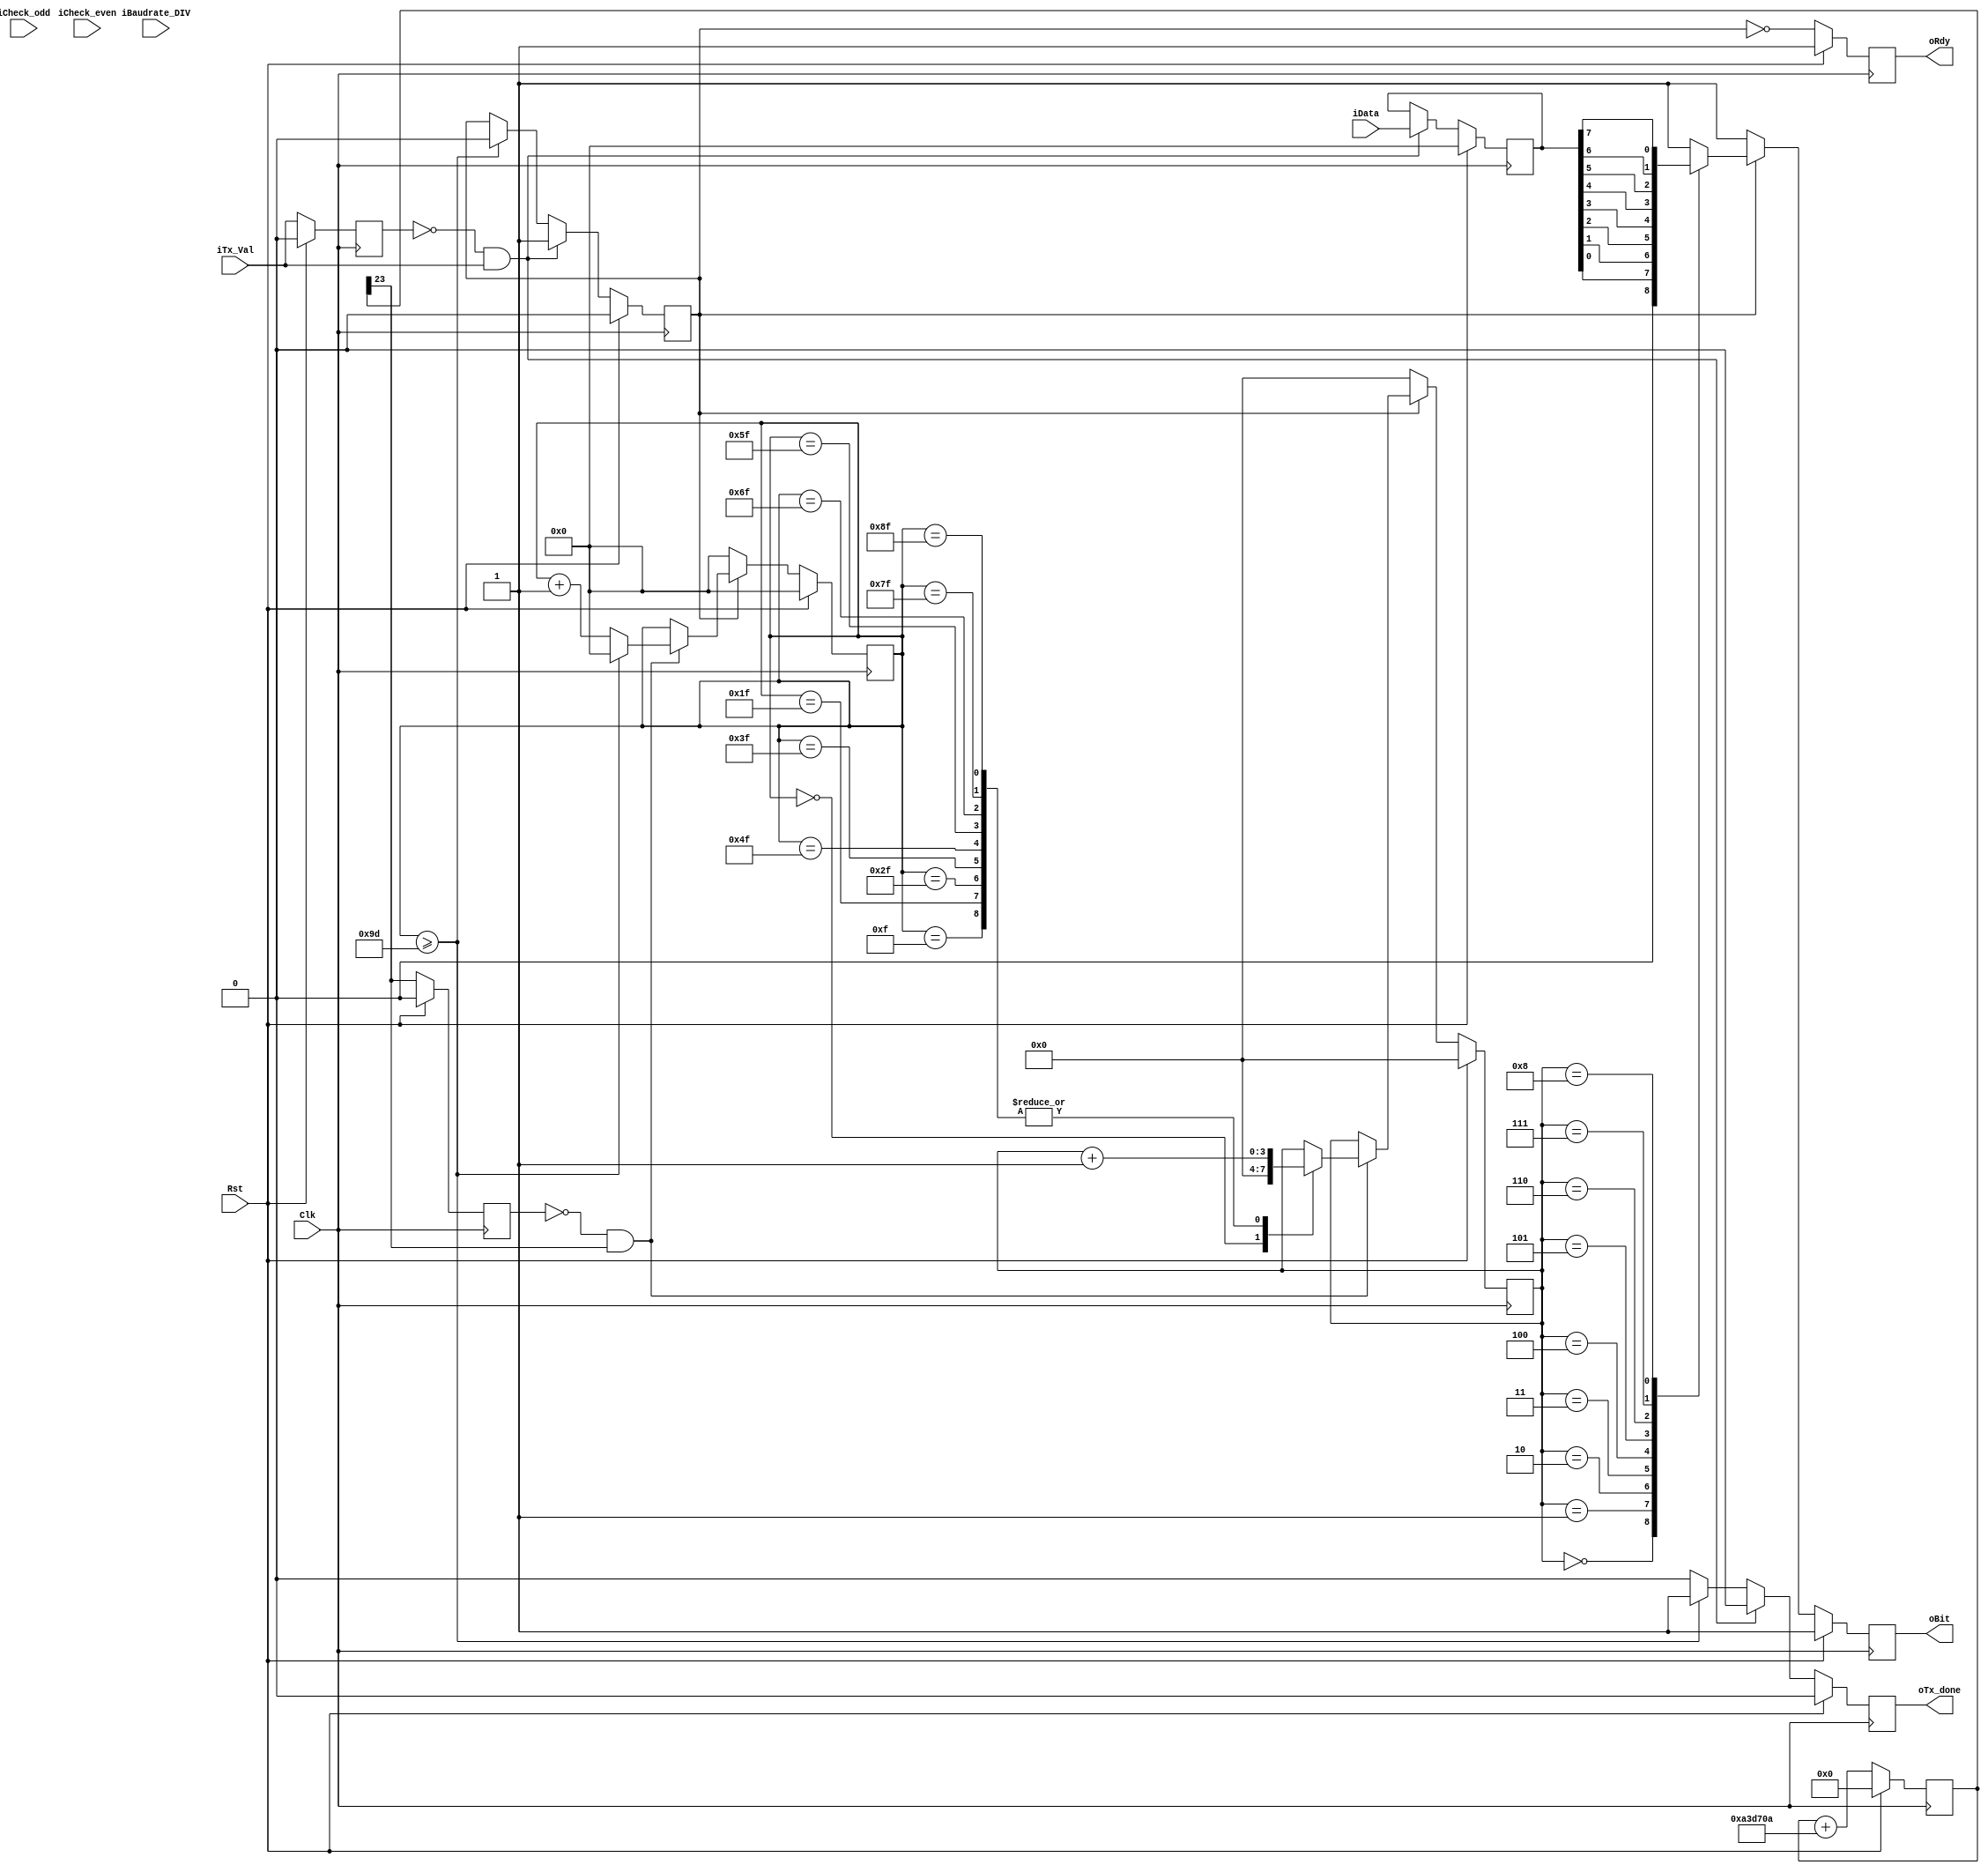
//--------------------------------------------------------------------------------------------
//
// Design Name: 
// Module Name: Uart_Tx_byte
// Project Name: 
// Target Devices: 
// Tool Versions: 
// Description: 
// 
// Dependencies: 
// 
// Revision:
// Revision 0.01 - File Created
// Additional Comments:
// 
//--------------------------------------------------------------------------------------------
// Modification History:
//   Date       |   Author      |   Version     |   Change Description
//============================================================================================
// 2020-04-19   |   ChaoyaWang  |     0.1       |   beta Version
// 2024-02-01   |   ChaoyaWang  |     0.2       |   ,3.125Mbps
//--------------------------------------------------------------------------------------------



module Uart_Tx_byte#(
    parameter   SYS_FREQ    =   50_000_000,
    parameter   BAUD_RATE   =   2000000
)(
   input                Clk,
   input                Rst,
   input        [9:0]   iBaudrate_DIV,
   input                iTx_Val,
   input        [7:0]   iData,
   input                iCheck_odd,
   input                iCheck_even,
   output               oTx_done,
   output               oBit,
   output               oRdy
);
   
   

// localparam          BAUD_RATE_3125M  = ((SYS_FREQ == 50_000_000) && (BAUD_RATE == 3_125_000)) ? 1:0;
localparam          CTRL_WORD_WIDTH  = 24;//
localparam [50:0]   BAUD_CTRL_WORD   = (BAUD_RATE * (1<<(CTRL_WORD_WIDTH + 4))) / (SYS_FREQ) ;//16x baud rate
reg [CTRL_WORD_WIDTH-1:0] rCtrlWordCnt;//
reg rTxdDone;
reg rTxdTransfer;
reg [3:0] rBitCnt;
//16
always @(posedge    Clk) begin
    if (Rst) begin
        rCtrlWordCnt <=  0;
    end
    else begin
        rCtrlWordCnt <=  rCtrlWordCnt +   BAUD_CTRL_WORD;
    end
end

wire    wBaudClk  =   rCtrlWordCnt[CTRL_WORD_WIDTH-1];//16x baud rate


reg [7:0]   rBaudCnt;
reg  rBaudClk;
//16x baud rate
always @(posedge Clk ) begin
    if(Rst) begin
        rBaudClk    <= 0;
    end
    else begin
        rBaudClk <=  wBaudClk;
    end
end
wire wBaudClkPos =   ~rBaudClk & wBaudClk;
//baud cnt
always@(posedge Clk ) begin
	if(Rst) begin
		rBaudCnt <= 8'd0;
	end
	else if (rTxdTransfer) begin
		if(wBaudClkPos)begin
			if(rBaudCnt >=157)begin
				rBaudCnt <= 8'd0;
			end
			else begin
				rBaudCnt <= rBaudCnt + 1;
			end
		end
		else rBaudCnt <= rBaudCnt;
	end
	else rBaudCnt <=0;
end

//txd start flag
reg rTxdVal;
always @(posedge Clk) begin
    if (Rst) begin
        rTxdVal <=  0;
    end
    else begin
        rTxdVal <=  iTx_Val;
    end
end
wire    wTxdValPos  =   ~rTxdVal    &   iTx_Val;
//rTxdTransfer
always@(posedge Clk ) begin
	if(Rst) begin
		rTxdTransfer <= 0;
		rTxdDone <=0;
	end
	else if(wTxdValPos) begin
		rTxdTransfer <= 1;
		rTxdDone <=0;
	end
	else if(rBaudCnt >=157)begin
		rTxdTransfer <=0;
		rTxdDone <=1;
	end
	else begin
		rTxdDone <=0;
		rTxdTransfer <= rTxdTransfer;
	end
end

//bit cnt
always@(posedge Clk ) begin
	if(Rst) begin
		rBitCnt <= 0;
	end
	else if(rTxdTransfer) begin
		if (wBaudClkPos) begin
			case(rBaudCnt)
                8'd0:   rBitCnt <= 0;
                8'd15:  rBitCnt <= rBitCnt +1;
                8'd31:  rBitCnt <= rBitCnt +1;
                8'd47:  rBitCnt <= rBitCnt +1;
                8'd63:  rBitCnt <= rBitCnt +1;
                8'd79:  rBitCnt <= rBitCnt +1;
                8'd95:  rBitCnt <= rBitCnt +1;
                8'd111: rBitCnt <= rBitCnt +1;
                8'd127: rBitCnt <= rBitCnt +1;
                8'd143: rBitCnt <= rBitCnt +1;
                default:rBitCnt <= rBitCnt;
			endcase
		end
	end
	else begin
		 rBitCnt <=0;
	end
end

reg [7:0]rDatain;

always@(posedge Clk ) begin
	if(Rst) begin
		rDatain <=0;
	end
	else if(wTxdValPos)begin
		rDatain <= iData;
	end
	else begin
		rDatain <= rDatain;
	end
end
reg rTxd;
//uart txd
always@(posedge Clk ) begin
	if(Rst) begin
		rTxd <= 1;
	end
	else if (rTxdTransfer) begin
		case(rBitCnt)
            4'd0:rTxd <=0; 
            4'd1:rTxd <= rDatain[0];
            4'd2:rTxd <= rDatain[1];
            4'd3:rTxd <= rDatain[2];
            4'd4:rTxd <= rDatain[3];	
            4'd5:rTxd <= rDatain[4];
            4'd6:rTxd <= rDatain[5];		
            4'd7:rTxd <= rDatain[6];
            4'd8:rTxd <= rDatain[7];
            4'd9:rTxd<=1;
            default:rTxd <= 1;
		endcase		
	end
	else rTxd <=1;	
end
//rTxRdy
reg rTxRdy;

always @(posedge Clk) begin
    if (Rst) begin
        rTxRdy  <=  1;
    end
    else begin
        rTxRdy  <=  ~rTxdTransfer;
    end
end
assign  oRdy        =   rTxRdy;
assign  oBit        =   rTxd;   
assign  oTx_done    =   rTxdDone;
endmodule